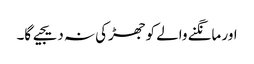
اور مانگنے والے کو جھڑکی نہ دیجیے گا۔